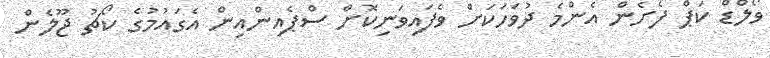
ވޯލްޑް ކަޕް ފެށެން އެންމެ ދުވަހަކަށް ވެފައިވަނިކޮށް ސްޕެއިންއިން އެގައުމުގެ ކޯޗު ޖޫލެން